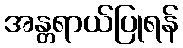
အန္တရာယ်ပြုရန်